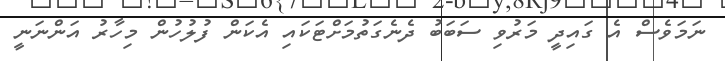
ނަމަވެސް އެ ގައިދީ މަރުވި ސަބަބު ދެނެގަތުމަށްޓަކައި އެކަން ފުލުހުން މިހާރު އަންނަނީ